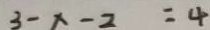
3 - x - 2 = 4